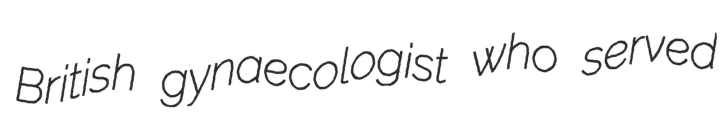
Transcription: British gynaecologist who served